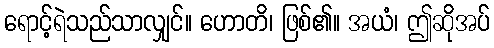
ရောင့်ရဲသည်သာလျှင်။ ဟောတိ၊ ဖြစ်၏။ အယံ၊ ဤဆိုအပ်